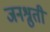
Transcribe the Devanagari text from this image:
जनश्रुती